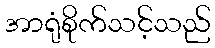
အာရုံစိုက်သင့်သည်